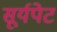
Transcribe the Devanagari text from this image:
सूर्यपेट